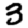
Digit: 3